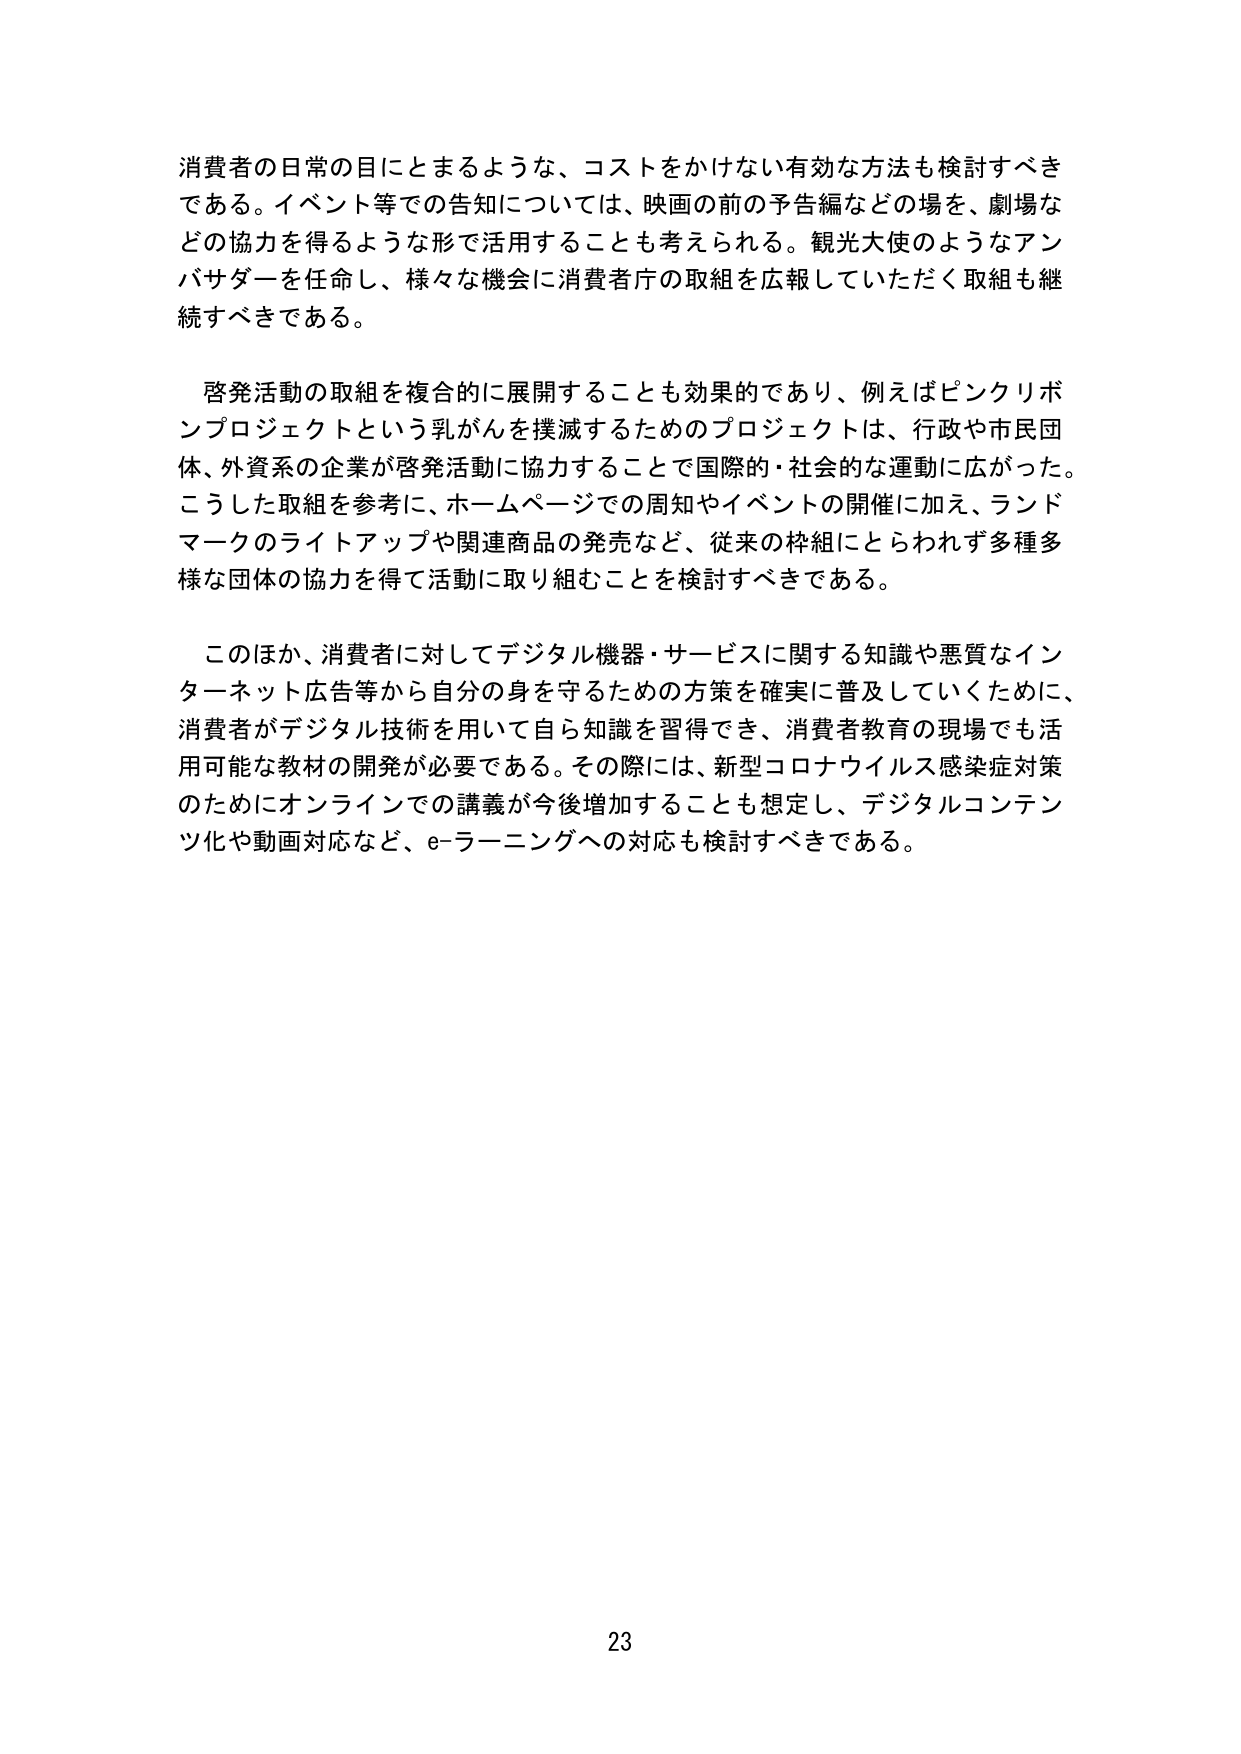
消費者の日常の目にとまるような、コストをかけない有効な方法も検討すべきである。イベント等での告知については、映画の前の予告編などの場を、劇場などの協力を得るような形で活用することも考えられる。観光大使のようなアンバサダーを任命し、様々な機会に消費者庁の取組を広報していただく取組も継続すべきである。

啓発活動の取組を複合的に展開することも効果的であり、例えばピンクリボンプロジェクトという乳がんを撲滅するためのプロジェクトは、行政や市民団体、外資系の企業が啓発活動に協力することで国際的・社会的な運動に広がった。こうした取組を参考に、ホームページでの周知やイベントの開催に加え、ランドマークのライトアップや関連商品の発売など、従来の枠組にとらわれず多種多様な団体の協力を得て活動に取り組むことを検討すべきである。

このほか、消費者に対してデジタル機器・サービスに関する知識や悪質なインターネット広告等から自分の身を守るための方策を確実に普及していくために、消費者がデジタル技術を用いて自ら知識を習得でき、消費者教育の現場でも活用可能な教材の開発が必要である。その際には、新型コロナウイルス感染症対策のためにオンラインでの講義が今後増加することも想定し、デジタルコンテンツ化や動画対応など、e-ラーニングへの対応も検討すべきである。

23